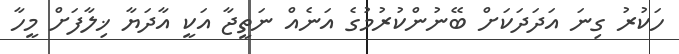
ހަކުރު ގިނަ އަދަދަކަށް ބޭނުންކުރުމުގެ އަނެއް ނަތީޖާ އަކީ އާދަޔާ ޚިލާފަށް މީހާ